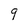
Character: 9